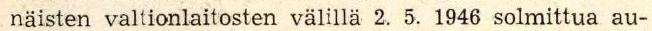
 näisten valtionlaitosten välillä 2. 5. 1946 solmittua au-